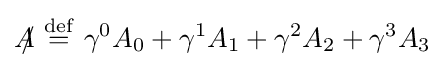
{A\!\!\!/}\ {\stackrel {\mathrm {def} }{=}}\ \gamma ^{0}A_{0}+\gamma ^{1}A_{1}+\gamma ^{2}A_{2}+\gamma ^{3}A_{3}